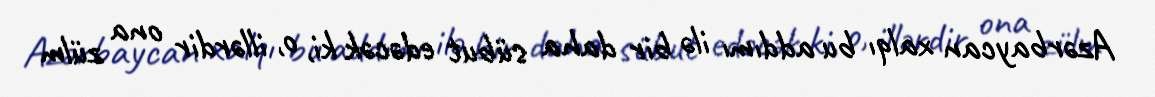
Azərbaycan xalqı bu addımı ilə bir daha sübut edəcək ki, o, illərdir ona zülm